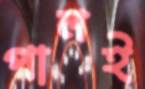
পালই